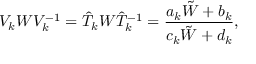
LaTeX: { \cal V } _ { k } W { \cal V } _ { k } ^ { - 1 } = \hat { T } _ { k } W { \hat { T } _ { k } } ^ { - 1 } = { \frac { a _ { k } \tilde { W } + b _ { k } } { c _ { k } \tilde { W } + d _ { k } } } ,